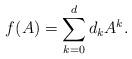
LaTeX: \begin{align*}f(A) = \sum_{k=0}^d d_k A^k.\end{align*}